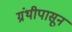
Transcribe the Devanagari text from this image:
ग्रंथीपासून